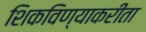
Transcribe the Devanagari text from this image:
शिकविण्याकरीता